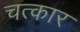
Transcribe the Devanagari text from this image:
चत्कार